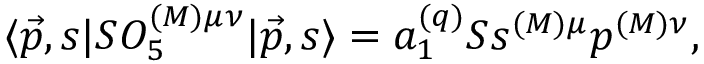
\langle \vec { p } , s | { \cal S } { \cal O } _ { 5 } ^ { ( { \cal M } ) \mu \nu } | \vec { p } , s \rangle = a _ { 1 } ^ { ( q ) } { \cal S } s ^ { ( { \cal M } ) \mu } p ^ { ( { \cal M } ) \nu } ,